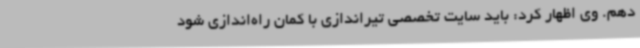
دهم. وی اظهار کرد: باید سایت تخصصی تیراندازی با کمان راه‌اندازی شود